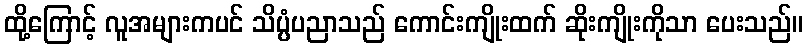
ထို့ကြောင့် လူအများကပင် သိပ္ပံပညာသည် ကောင်းကျိုးထက် ဆိုးကျိုးကိုသာ ပေးသည်။